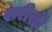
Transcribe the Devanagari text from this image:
शरीरही